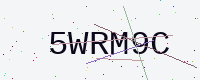
Text: 5WRM9C